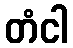
တံငါ